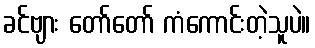
ခင်ဗျား တော်တော် ကံကောင်းတဲ့သူပဲ။